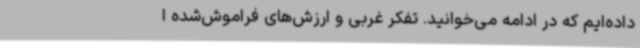
داده‌ایم که در ادامه می‌خوانید. تفکر غربی و ارزش‌های فراموش‌شده ا